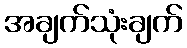
အချက်သုံးချက်